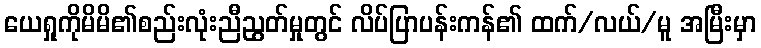
ယေရှုကိုမိမိ၏စည်းလုံးညီညွတ်မှုတွင် လိပ်ပြာပန်းကန်၏ ထက်/လယ်/မူ အမြီးမှာ